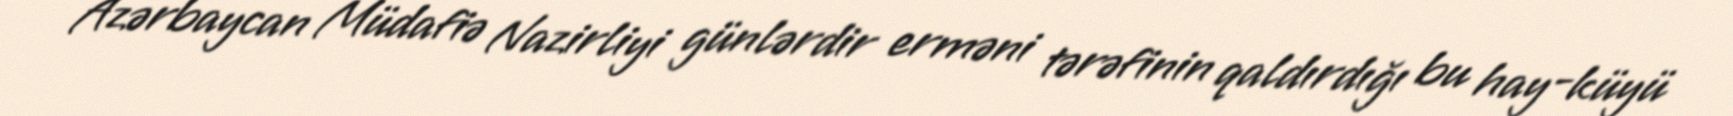
Azərbaycan Müdafiə Nazirliyi günlərdir erməni tərəfinin qaldırdığı bu hay-küyü